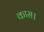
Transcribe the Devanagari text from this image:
कास।